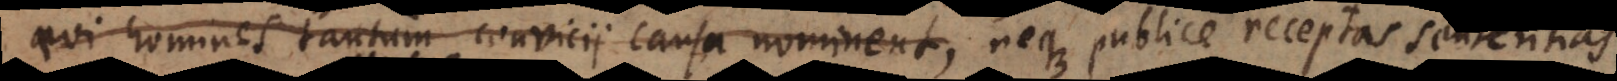
qui homines tantum convicii causa nominent, neque veteres spernant